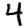
Digit: 4